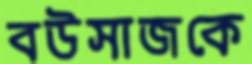
বউসাজকে